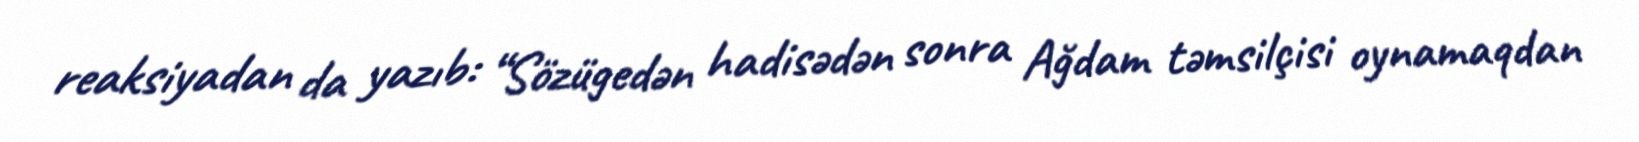
reaksiyadan da yazıb: “Sözügedən hadisədən sonra Ağdam təmsilçisi oynamaqdan